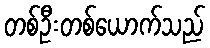
တစ်ဦးတစ်ယောက်သည်